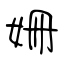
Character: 姍